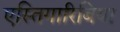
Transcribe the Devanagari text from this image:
एस्तिगारिबिया